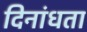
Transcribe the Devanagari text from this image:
दिनांधता